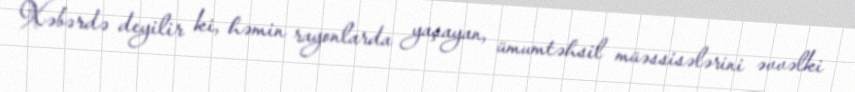
Xəbərdə deyilir ki, həmin rayonlarda yaşayan, ümumtəhsil müəssisələrini əvvəlki